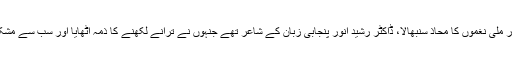
میڈم نورجہاں نے جنگی ترانوں اور ملی نغموں کا محاذ سنبھالا، ڈاکٹر رشید انور پنجابی زبان کے شاعر تھے جنہوں نے ترانے لکھنے کا ذمہ اٹھایا اور سب سے مشکل محاذ پر عنایت اللہ روانہ ہوئے۔